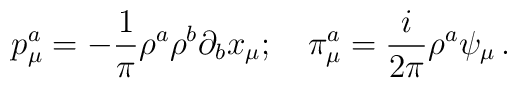
p_{\mu} ^a = - \frac {1} {\pi} \rho^a \rho^b \partial_b x_ {\mu};\quad\pi_{\mu} ^a = \frac {i} {2 \pi} \rho^a \psi_ {\mu} \,.